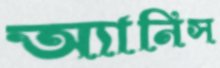
অ্যানিস